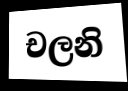
චලනි